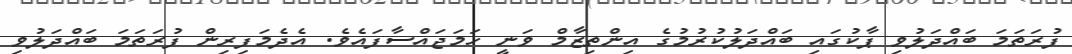
ފުރަތަމަ ބައްދަލުވި ޕާކުގައި ބައްދަލުކުރުމުގެ އިންތިޒާމް ވަނީ ހަމަޖައްސާފައެވެ. އެދެމަފިރިން ފުރަތަމަ ބައްދަލުވި